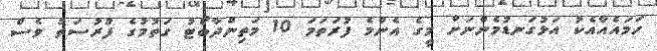
ހަމައެއާއެކު އަޅުގަނޑުމެންނަށް މީގެ އެންމެ ފުރަތަމަ 10 މަތިންދާބޯޓު ގަތުމުގެ ފުރުސަތު ވެސް